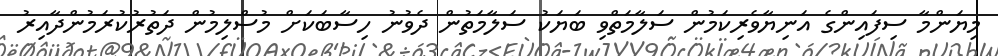
މިޔަންމާ ސިފައިންގެ އަނިޔާވެރިކަމުން ސަލާމަތްވި ބަޔަކު ސަލާމަތުން ދެވުނު ހިސާބަކަށް މުސްލިމުން ދަތުރުކުރަމުންދާއިރު